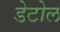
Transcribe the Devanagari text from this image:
डेटोल